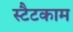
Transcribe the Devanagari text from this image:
स्टैटकाम